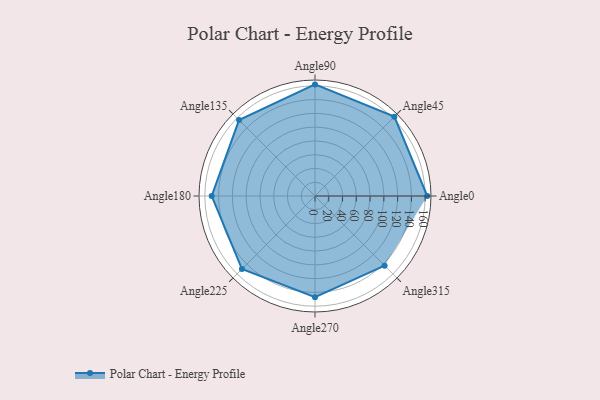
{"axis": {"x": "Angle", "y": "Radius"}, "legend": [""], "data": [{"x": "Angle0", "y": 163.0, "type": ""}, {"x": "Angle45", "y": 163.0, "type": ""}, {"x": "Angle90", "y": 162.0, "type": ""}, {"x": "Angle135", "y": 156.0, "type": ""}, {"x": "Angle180", "y": 150.0, "type": ""}, {"x": "Angle225", "y": 150.0, "type": ""}, {"x": "Angle270", "y": 147.0, "type": ""}, {"x": "Angle315", "y": 143.0, "type": ""}]}